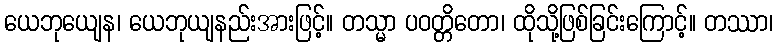
ယေဘုယျေန၊ ယေဘုယျနည်းအားဖြင့်။ တသ္မာ ပဝတ္တိတော၊ ထိုသို့ဖြစ်ခြင်းကြောင့်။ တဿာ၊